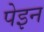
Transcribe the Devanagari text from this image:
पेइन